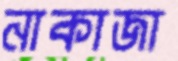
নাকাজা